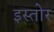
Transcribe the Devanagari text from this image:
इस्तोर